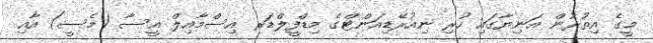
މީގެ އިތުރުން އަނިޔާގައި ހުރި ނިއުރޭޑިއަންޓްގެ މިޑްފީލްޑަރ އިސްމާއިލް އީސާ (މެސީ) އާއި